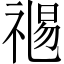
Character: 𥚯